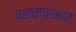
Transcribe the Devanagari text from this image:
पश्चप्रभाव